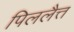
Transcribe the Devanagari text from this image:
पिललैत्त